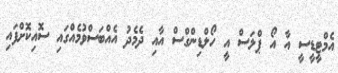
އެމްޓީޑީސީ އާ އޯ ޕްލަސް އީ ހޯލްޑިންގްސް އާއި ދެމެދު އެއްބަސްވުމެއްގައި ސޮއިކޮށްފައި